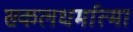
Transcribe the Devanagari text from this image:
सकलधर्मात्मा